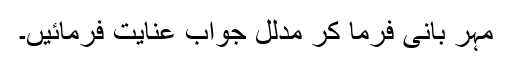
مہر بانی فرما کر مدلل جواب عنایت فرمائیں۔